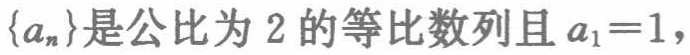
\(\{a_{n}\}\)是公比为 \(2\) 的等比数列且 \(a_{1}=1\)，